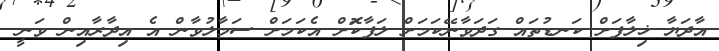
އާދަޔާ ޚިލާފަށް ކަނޑުތައް ގަދަވާނޭކަމަށް ލަފާކޮަށް އެކަމަށް ސަމާލުވާން އެ އިދާރާއިން ވަނީ